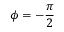
\phi = - \frac { \pi } { 2 }